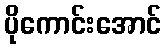
ပိုကောင်းအောင်